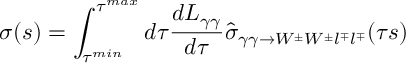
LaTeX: \sigma ( s ) = \int _ { \tau ^ { m i n } } ^ { \tau ^ { m a x } } d \tau \frac { d L _ { \gamma \gamma } } { d \tau } \widehat { \sigma } _ { \gamma \gamma \rightarrow W ^ { \pm } W ^ { \pm } l ^ { \mp } l ^ { \mp } } ( \tau s )